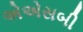
એએસબી